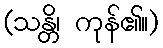
(သန္တိ၊ ကုန်၏။)